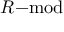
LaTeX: R { \mathrm { - m o d } }